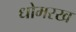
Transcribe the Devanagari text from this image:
धोमरख